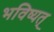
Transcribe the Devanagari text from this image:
भविष्यत्‌